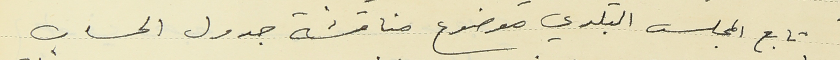
تابع المجلس البلدي موضوع مناقشة جدول الحساب